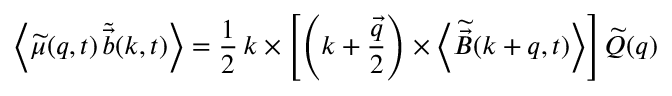
\left< \widetilde { \mu } ( \boldsymbol { q } , t ) \, \widetilde { \vec { b } } ( \boldsymbol { k } , t ) \right> = \frac { 1 } { 2 } \, \boldsymbol { k } \times \left[ \left( \boldsymbol { k } + \frac { \vec { q } } { 2 } \right) \times \left< \widetilde { \vec { B } } ( \boldsymbol { k } + \boldsymbol { q } , t ) \right> \right] \widetilde { Q } \! \left( \boldsymbol { q } \right)